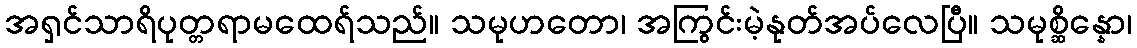
အရှင်သာရိပုတ္တရာမထေရ်သည်။ သမုဟတော၊ အကြွင်းမဲ့နုတ်အပ်လေပြီ။ သမုစ္ဆိန္နော၊